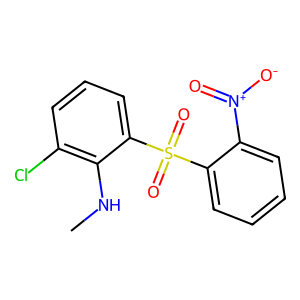
SMILES: CNc1c(Cl)cccc1S(=O)(=O)c1ccccc1[N+](=O)[O-]
Inhibits HIV replication: Yes